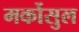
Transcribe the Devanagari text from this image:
मर्कोसुल